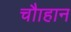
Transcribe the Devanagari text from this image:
चौाहान